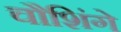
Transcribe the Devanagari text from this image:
चौशिंगे